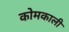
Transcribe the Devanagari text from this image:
कोमकाली